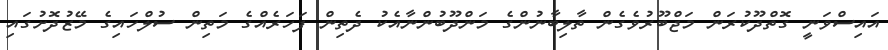
އައިސްވަނީ ގޮތްދޫކުރަން މަޖްބޫރުވެގެން ތާލިބާނުންގެ މަންދޫބުންނާއެކު ދެތިން ފަހަރެއްގެ މަތިން ސުލްހައިގެ މޭޒުދޮށުގައި